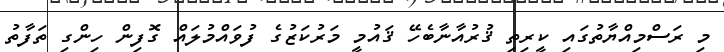
މި ރަސްމިއްޔާތުގައި ކީރިތި ޤުރުއާނާބެހޭ ޤައުމީ މަރުކަޒުގެ ފުވައްމުލައް ގޮފިން ހިންގި ތަފާތު